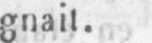
gnait.